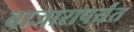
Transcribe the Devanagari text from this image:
बाजारापर्यंत